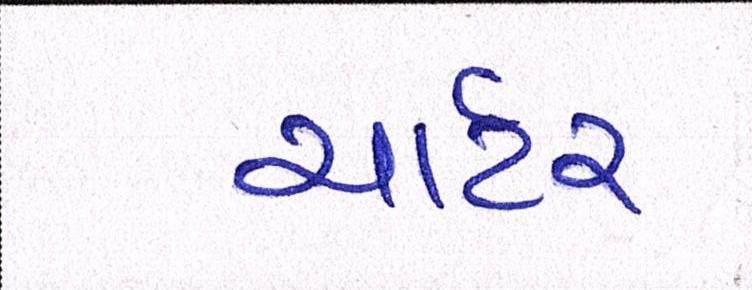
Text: ચાર્ટર